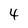
Character: 4